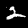
Label: 2